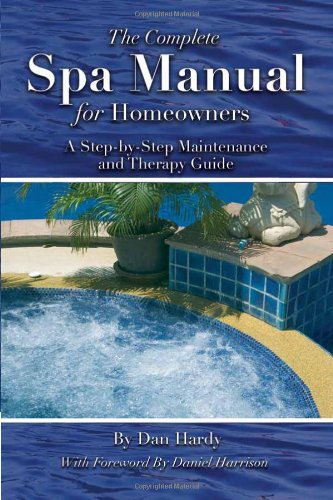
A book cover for The Complete Spa Manual for Homeowners: A Step-by-Step Maintenance and Therapy Guide; Dan Hardy; Crafts, Hobbies & Home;